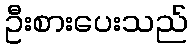
ဦးစားပေးသည်